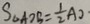
S _ { \Delta A D S } = \frac { 1 } { 2 } A D \cdot